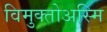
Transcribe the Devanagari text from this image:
विमुक्तोअस्मि